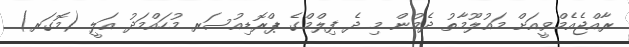
ރާއްޖެއެމްވީއަށް މައުލޫމާތު ދެމުން މި ދެ ފިލްމްގެ ޕްރޮޑިއުސަރ މުހައްމަދު އަލީ (މޮގަރ)